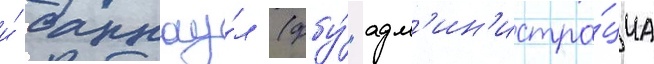
и́ барнау́л (фбу́ "адм'ин'истра́циа